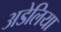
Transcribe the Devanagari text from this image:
अडेलिया